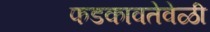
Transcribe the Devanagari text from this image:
फडकावतेवेळी